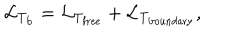
{ \cal L } _ { \mathrm { T _ { \mathrm { b } } } } = { \cal L } _ { \mathrm { T _ { \mathrm { f r e e } } } } + { \cal L } _ { \mathrm { T _ { \mathrm { b o u n d a r y } } } } ,